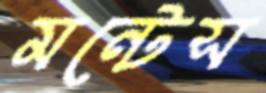
মন্টেস